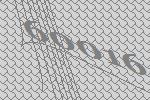
60016